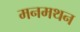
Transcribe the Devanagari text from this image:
मनमथन